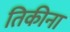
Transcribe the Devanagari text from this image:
तिकीना